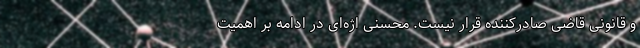
و قانونی قاضی صادرکننده قرار نیست. محسنی اژه‌ای در ادامه بر اهمیت